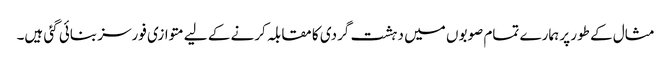
مثال کے طور پر ہمارے تمام صوبوں میں دہشت گردی کا مقابلہ کرنے کے لیے متوازی فورسز بنائی گئی ہیں۔